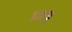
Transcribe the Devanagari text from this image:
फ्रयु